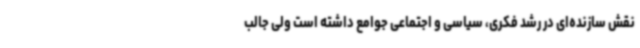
نقش سازنده‌ای در رشد فکری، سیاسی و اجتماعی جوامع داشته است ولی جالب